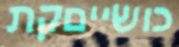
כושייםקת